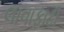
લાવાફાટી